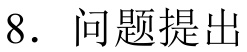
8. 问题提出